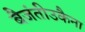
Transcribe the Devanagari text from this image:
बैजंतीउकैना